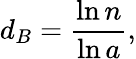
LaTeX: d_{B}=\frac{\ln n}{\ln a},